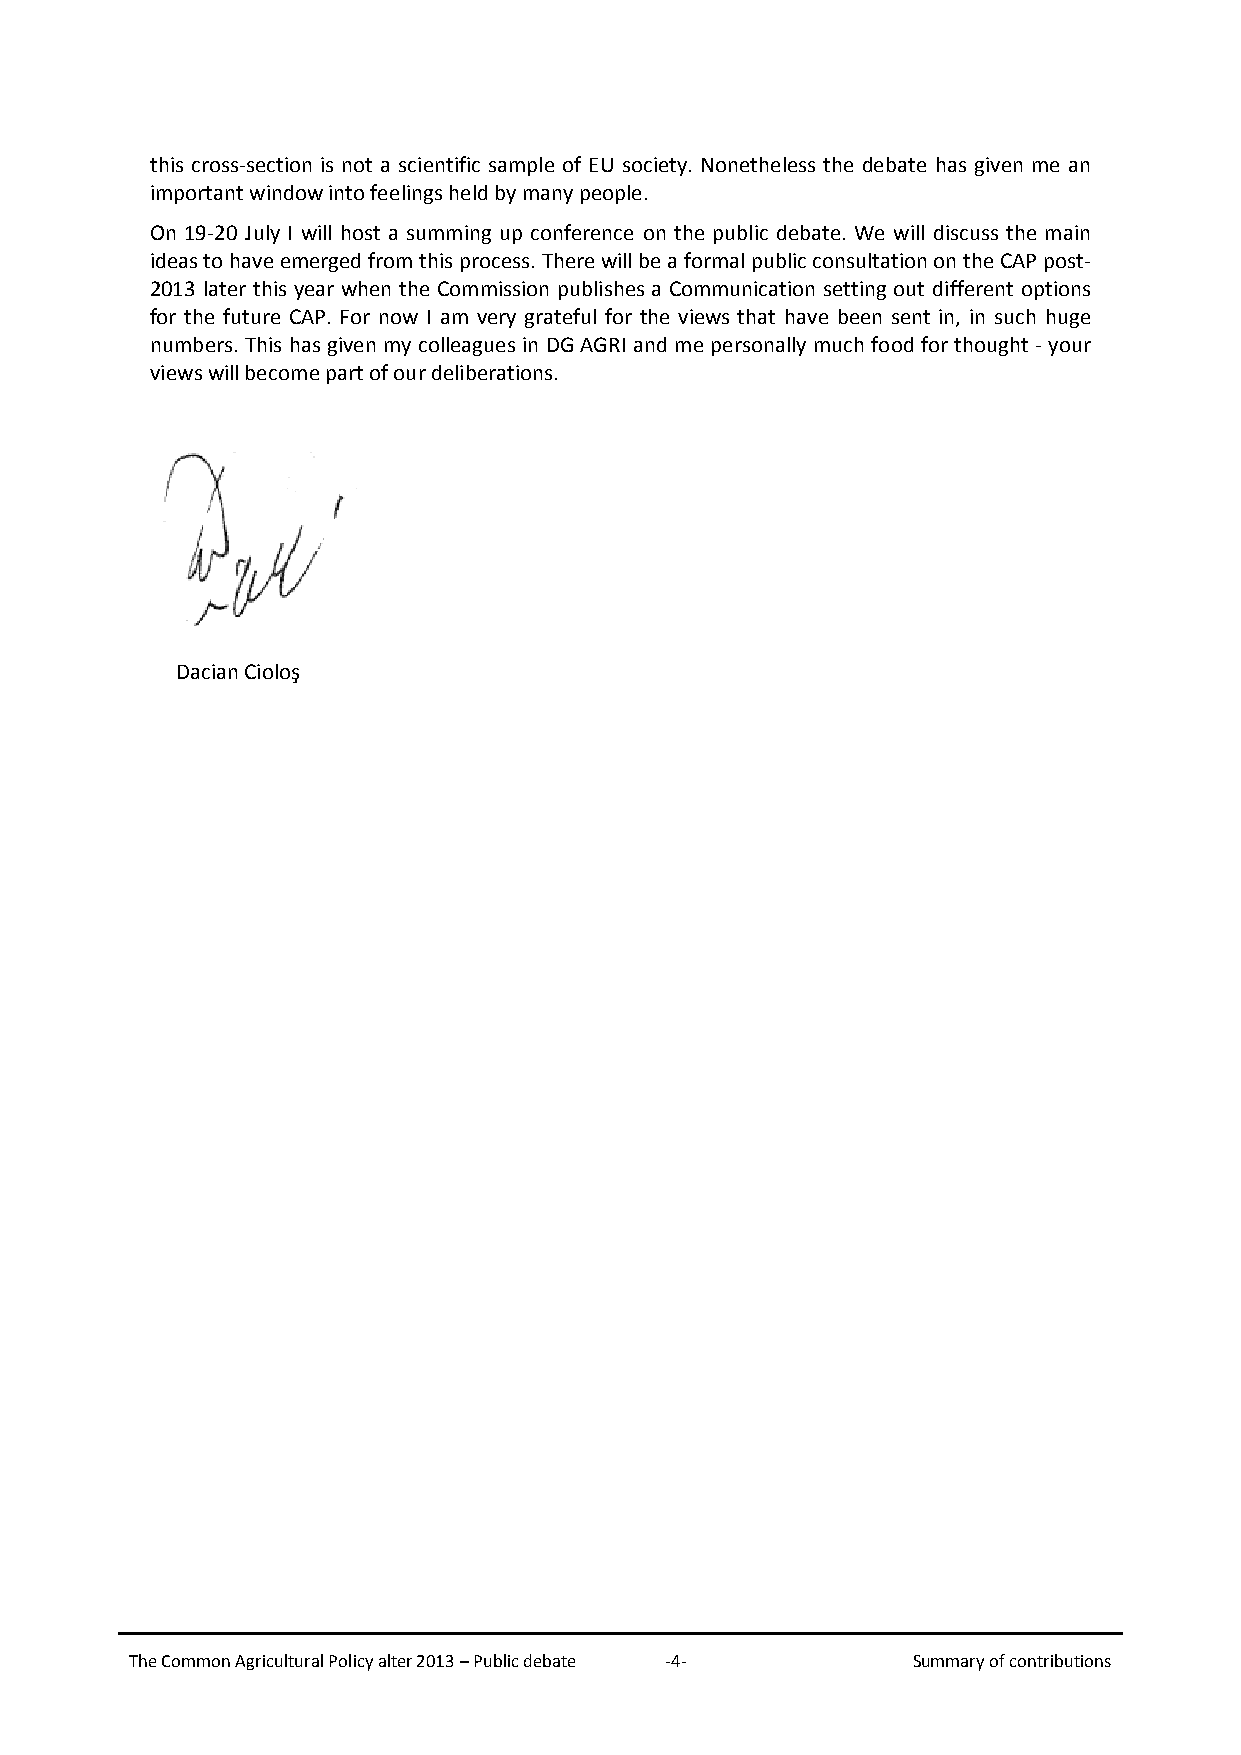
this cross-section is not a scientific sample of EU society. Nonetheless the debate has given me an
 important window into feelings held by many people.
 On 19-20 July I will host a summing up conference on the public debate. We will discuss the main
 ideas to have emerged from this process. There will be a formal public consultation on the CAP post-
 2013 later this year when the Commission publishes a Communication setting out different options
 for the future CAP. For now I am very grateful for the views that have been sent in, in such huge
 numbers. This has given my colleagues in DG AGRI and me personally much food for thought - your
 views will become part of our deliberations.
 Dacian Cioloş
 The Common Agricultural Policy alter 2013 – Public debate -4- Summary of contributions